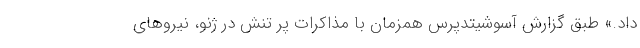
داد.» طبق گزارش آسوشیتدپرس همزمان با مذاکرات پر تنش در ژنو، نیروهای